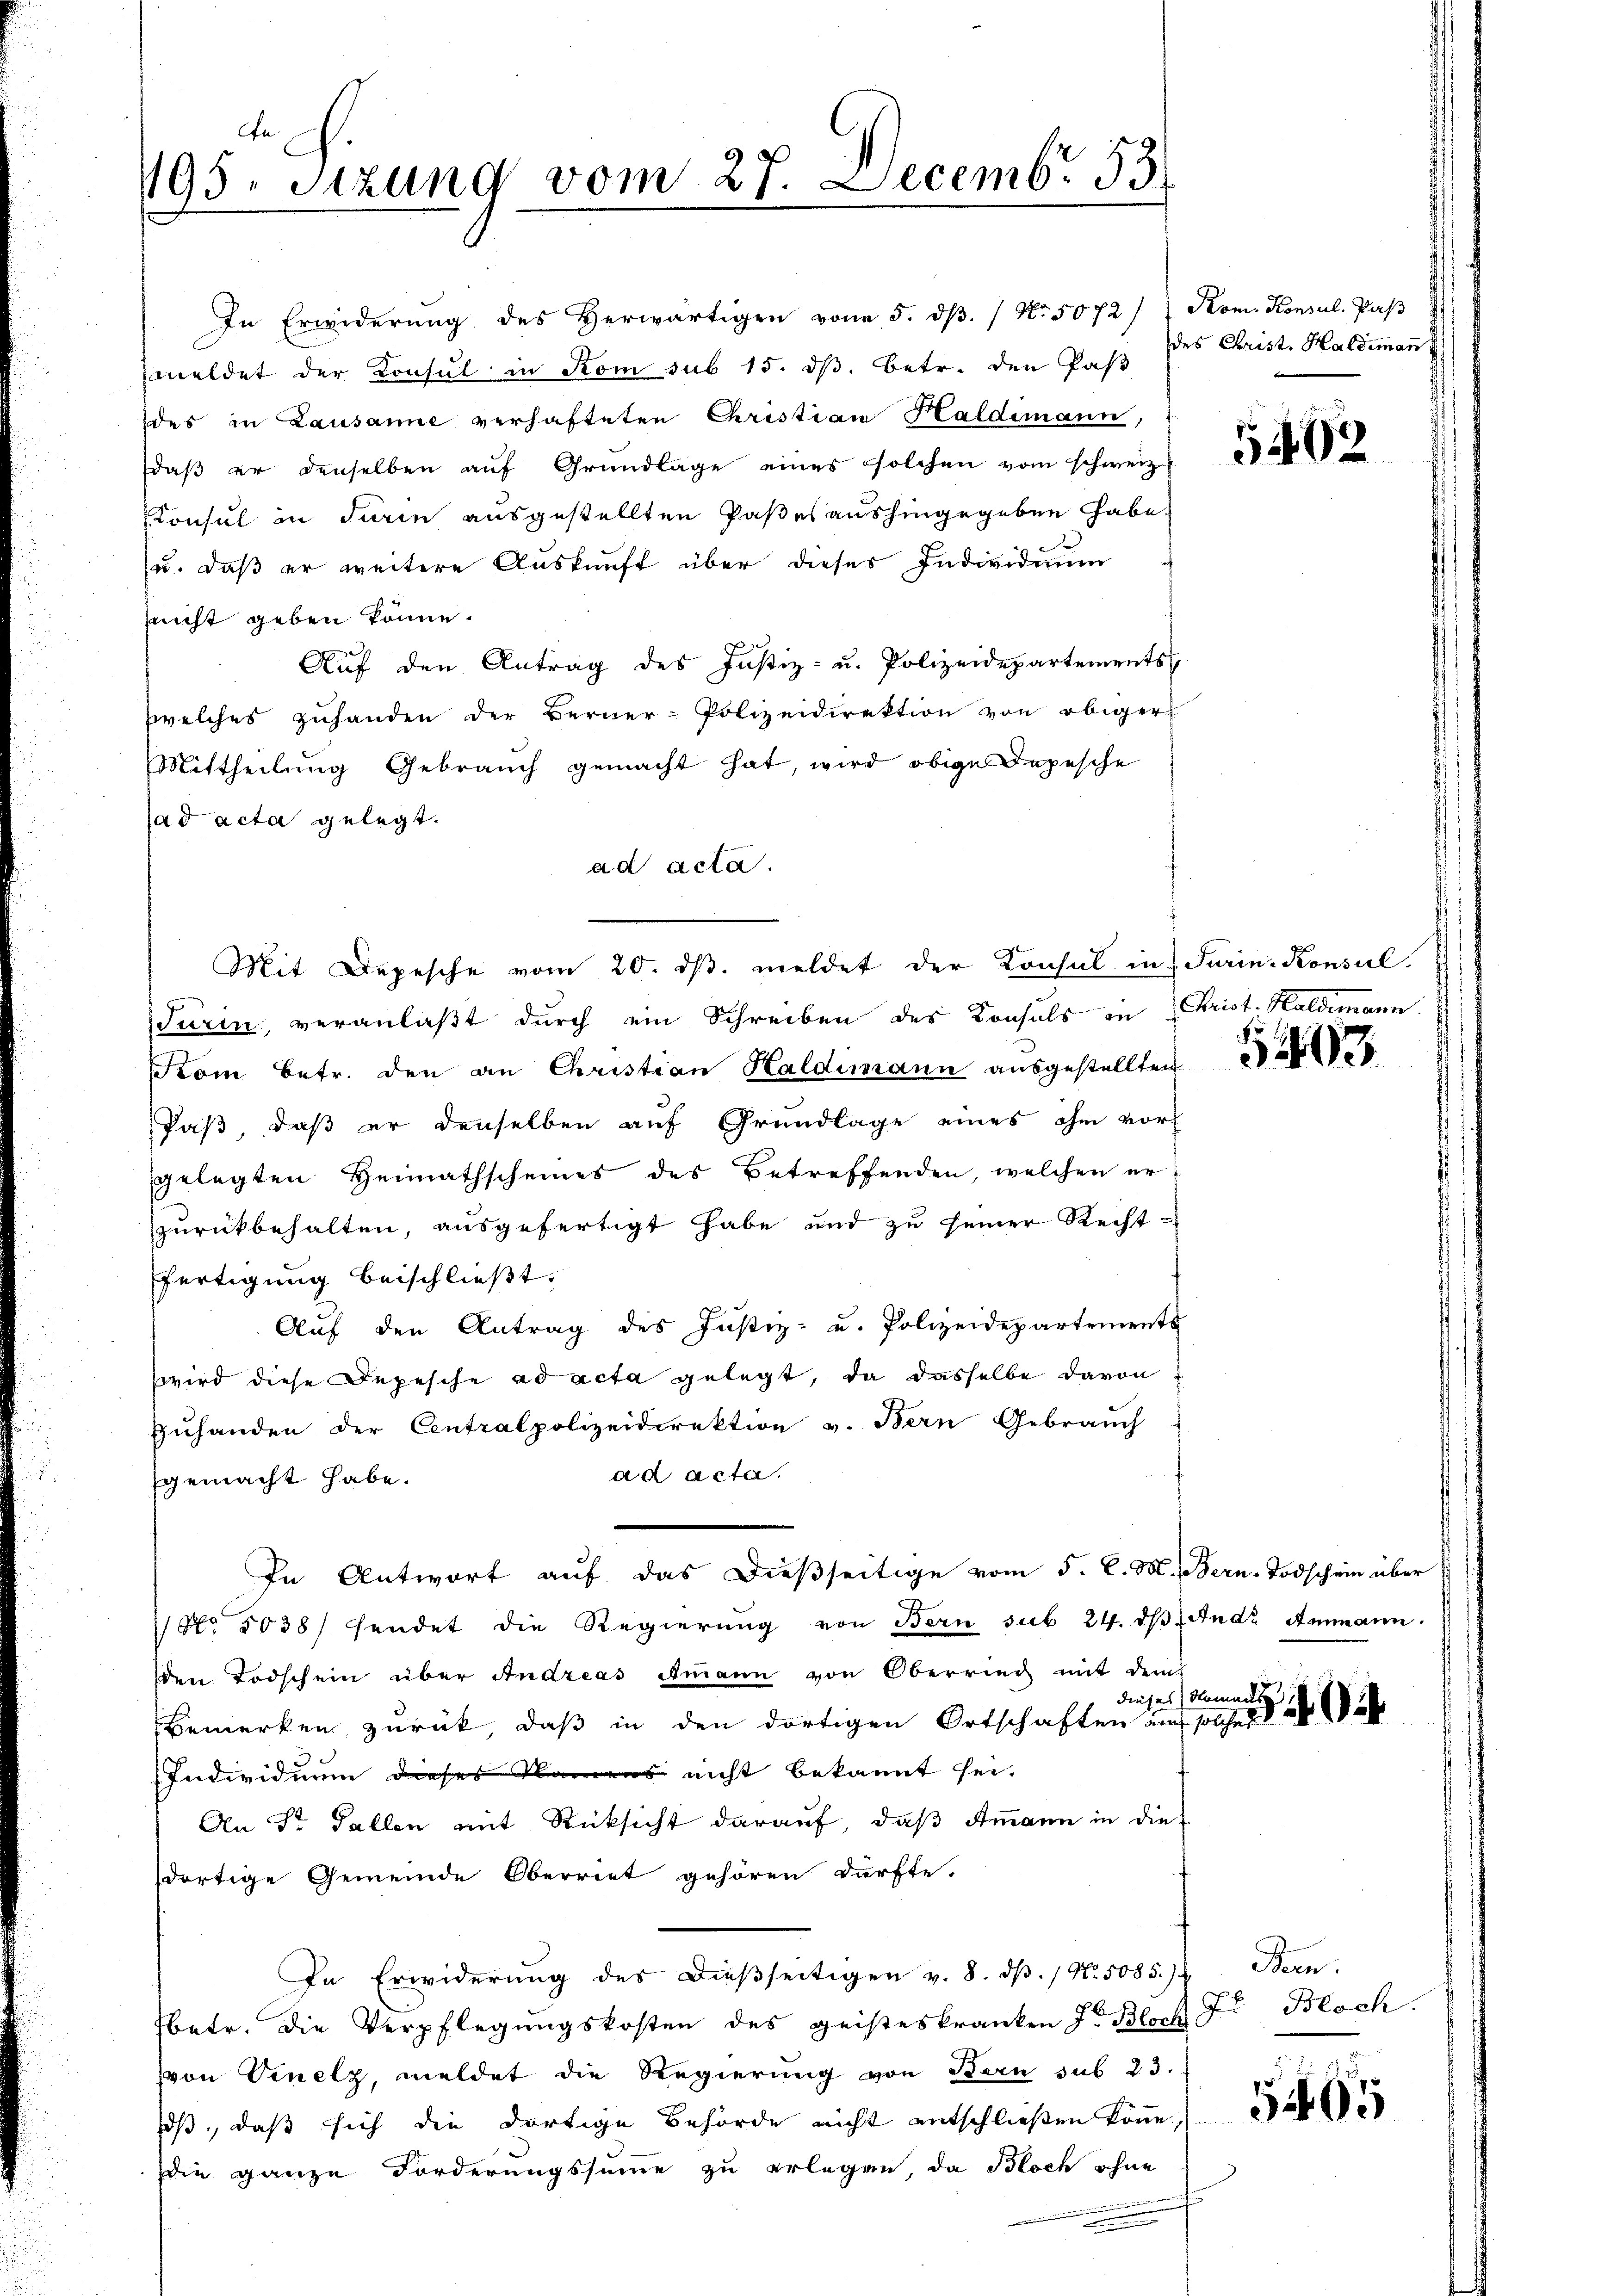
An
195. Sitzung vom 27. Decembr. 53

zu., daß er weitere Auskunft über dieses Individuum
snicht geben könne.
Aŭf den Antrag des Justiz- u. Polizeidepartements
zwelches zuhanden der Berner-Polizeidirektion von obiger
Mittheilung Gebrauch gemacht hat, wird obige Depesche
ad acta gelegt.
ad acta.
Turin, veranlaßt durch ein Schreiben des Konsuls in Christ. Haldimann
Krom betr. den an Christian Haldimann ausgestellten
Paß, daß er denselben auf Grundlage eines ihm vorgelegten Heimathscheines des Betreffenden, welchen erzurückbehalten, ausgefertigt habe und zu seiner Rechtffertigung beischließt:
Auf den Antrag des Justiz- u. Polizeidepartements
wird diese Depesche ad acta gelegt, da dasselbe davon
Zuhanden der Centralpolizeidirektion v. Bern Gebrauch
ad acta.
gemacht habe.
In Antwort auf das dießseitige vom 5. d. M. Bern-Todschein über
No. 5038/ sendet die Regierŭng von Bern sub 24. dβ. Andr Ammann.
den Todschein über Andreas Ammann von Oberring mit dem
dieses Namens
Bemerken zurück, daß in den dortigen Ortschaften auf solches d. 24. Währ
Individuum dieser Namens nicht bekannt sei.
An St. Gallen mit Rücksicht darauf, daß Ammann in die
dortige Gemeinde Oberriet gehören dürfte.
In Erwiderŭng des dieβseitigen v. 8. dβ. / N. 5085/7. Bern.
betr. die Verpflegungskosten des geisteskranken Jr. Block
von Venetz, meldet die Regierung von Bern sub 23.
iß, daß sich die dortige Behörde nicht entschließen könne,
die ganze Forderungssumme zu erlegen, da Bloch ohne

In Erwiderŭng des Herwärtigen von 5. dβ. / No. 5072/ Kom. Konsul. Paβ
meldet der Konsul in Rom sub 15. ds. betr. den Pas
des in Lausanne verhafteten Christian Haldimann,
daß er denselben auf Grundlage eines solchen vom schweiz.
Konsul in darin ausgestellten Paßes aushingegeben habe,

Mit Depesche vom 20. dβ. meldet der Konsul in Turin-Konsul

des Christ. Haldimann

5402

f

303

Dr. Bloch.

565